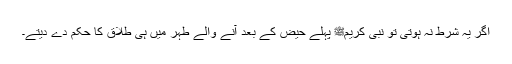
اگر یہ شرط نہ ہوتی تو نبی کریمﷺ پہلے حیض کے بعد آنے والے طہر میں ہی طلاق کا حکم دے دیتے۔